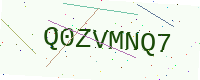
Text: Q0ZVMNQ7